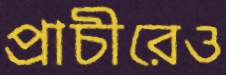
প্রাচীরেও